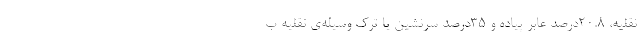
نقلیه، ۲۰.۸درصد عابر پیاده و ۳۵درصد سرنشین یا ترک وسیله‌ی نقلیه ب